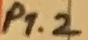
Text: P1.2